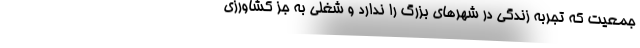
جمعیت که تجربه زندگی در شهرهای بزرگ را ندارد و شغلی به جز کشاورزی